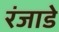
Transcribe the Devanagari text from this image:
रंजाडे